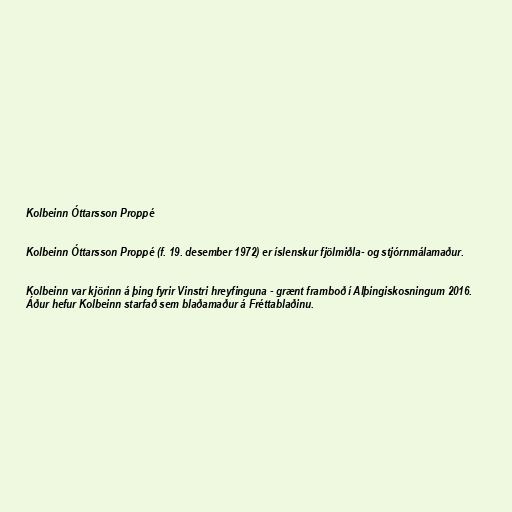
Kolbeinn Óttarsson Proppé

Kolbeinn Óttarsson Proppé (f. 19. desember 1972) er íslenskur fjölmiðla- og stjórnmálamaður.

Kolbeinn var kjörinn á þing fyrir Vinstri hreyfinguna - grænt framboð í Alþingiskosningum 2016.
Áður hefur Kolbeinn starfað sem blaðamaður á Fréttablaðinu.